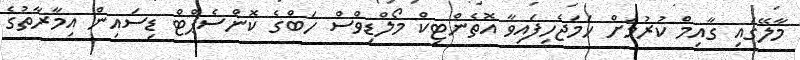
މާލޭގައި ގާއިމް ކުރުމަށް ހަމަޖެހިފައިވާ އޮތެންޓިކް މޯލްޑިވްސް ހަބްގެ ކޮންސެޕްޓް ޑިސައިން އިމާރާތުގެ